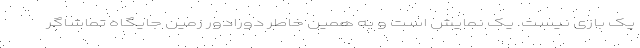
یک بازی نیست. یک نمایش است و به همین خاطر دورادور زمین جایگاه تماشاگر